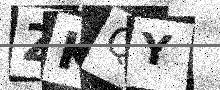
Text: ZKQY